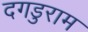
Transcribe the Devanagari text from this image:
दगडुराम